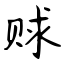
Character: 赇